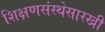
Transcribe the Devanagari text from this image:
शिक्षणसंस्थेसारखी